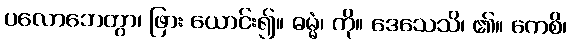
ပလောဘေတွာ၊ ဖြား ယောင်း၍။ ဓမ္မံ၊ ကို။ ဒေသေသိ၊ ၏။ ကေစိ၊